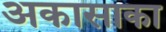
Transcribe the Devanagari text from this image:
अकासाका